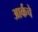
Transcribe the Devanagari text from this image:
आर्कचे